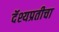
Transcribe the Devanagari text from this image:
दॅश्यप्रतीचा